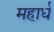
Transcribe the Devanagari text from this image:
महार्ध